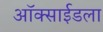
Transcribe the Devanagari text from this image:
ऑक्साईडला